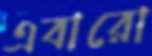
এবারো